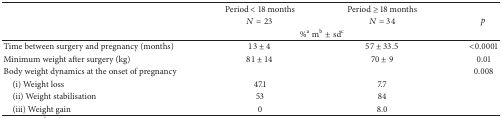
<table><thead><tr><td rowspan="3"><b> </b></td><td><b>Period &lt; 18 months</b></td><td><b>Period ≥ 18 months</b></td><td rowspan="3"><b><i>p</i></b></td></tr><tr><td><b><i>N</i> = 23</b></td><td><b><i>N</i> = 34</b></td></tr><tr><td colspan="2"><b>%<sup>a</sup> m<sup>b</sup>± sd<sup>c</sup></b></td></tr></thead><tbody><tr><td>Time between surgery and pregnancy (months)</td><td>13 ± 4</td><td>57 ± 33.5</td><td>&lt;0.0001</td></tr><tr><td>Minimum weight after surgery (kg)</td><td>81 ± 14</td><td>70 ± 9</td><td>0.01</td></tr><tr><td>Body weight dynamics at the onset of pregnancy</td><td> </td><td> </td><td>0.008</td></tr><tr><td> (i) Weight loss</td><td>47.1</td><td>7.7</td><td> </td></tr><tr><td> (ii) Weight stabilisation</td><td>53</td><td>84</td><td> </td></tr><tr><td> (iii) Weight gain</td><td>0</td><td>8.0</td><td> </td></tr></tbody></table>